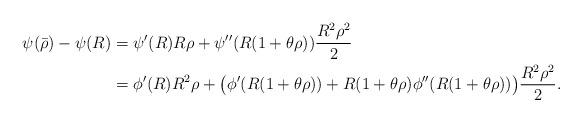
LaTeX: \begin{align*}\psi(\bar\rho)-\psi(R)&=\psi'(R)R\rho+\psi''(R(1+\theta\rho))\frac{R^2\rho^2}{2}\\&=\phi'(R)R^2\rho+\bigl(\phi'(R(1+\theta\rho))+R(1+\theta\rho)\phi''(R(1+\theta\rho))\bigr)\frac{R^2\rho^2}{2}.\end{align*}